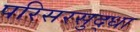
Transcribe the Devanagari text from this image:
परिसरसुद्धा